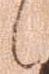
候